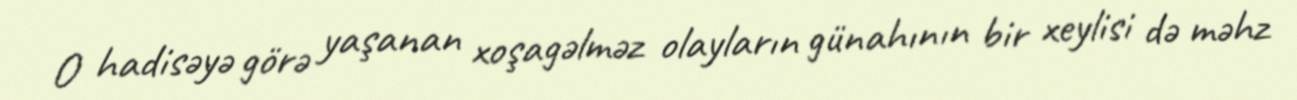
O hadisəyə görə yaşanan xoşagəlməz olayların günahının bir xeylisi də məhz